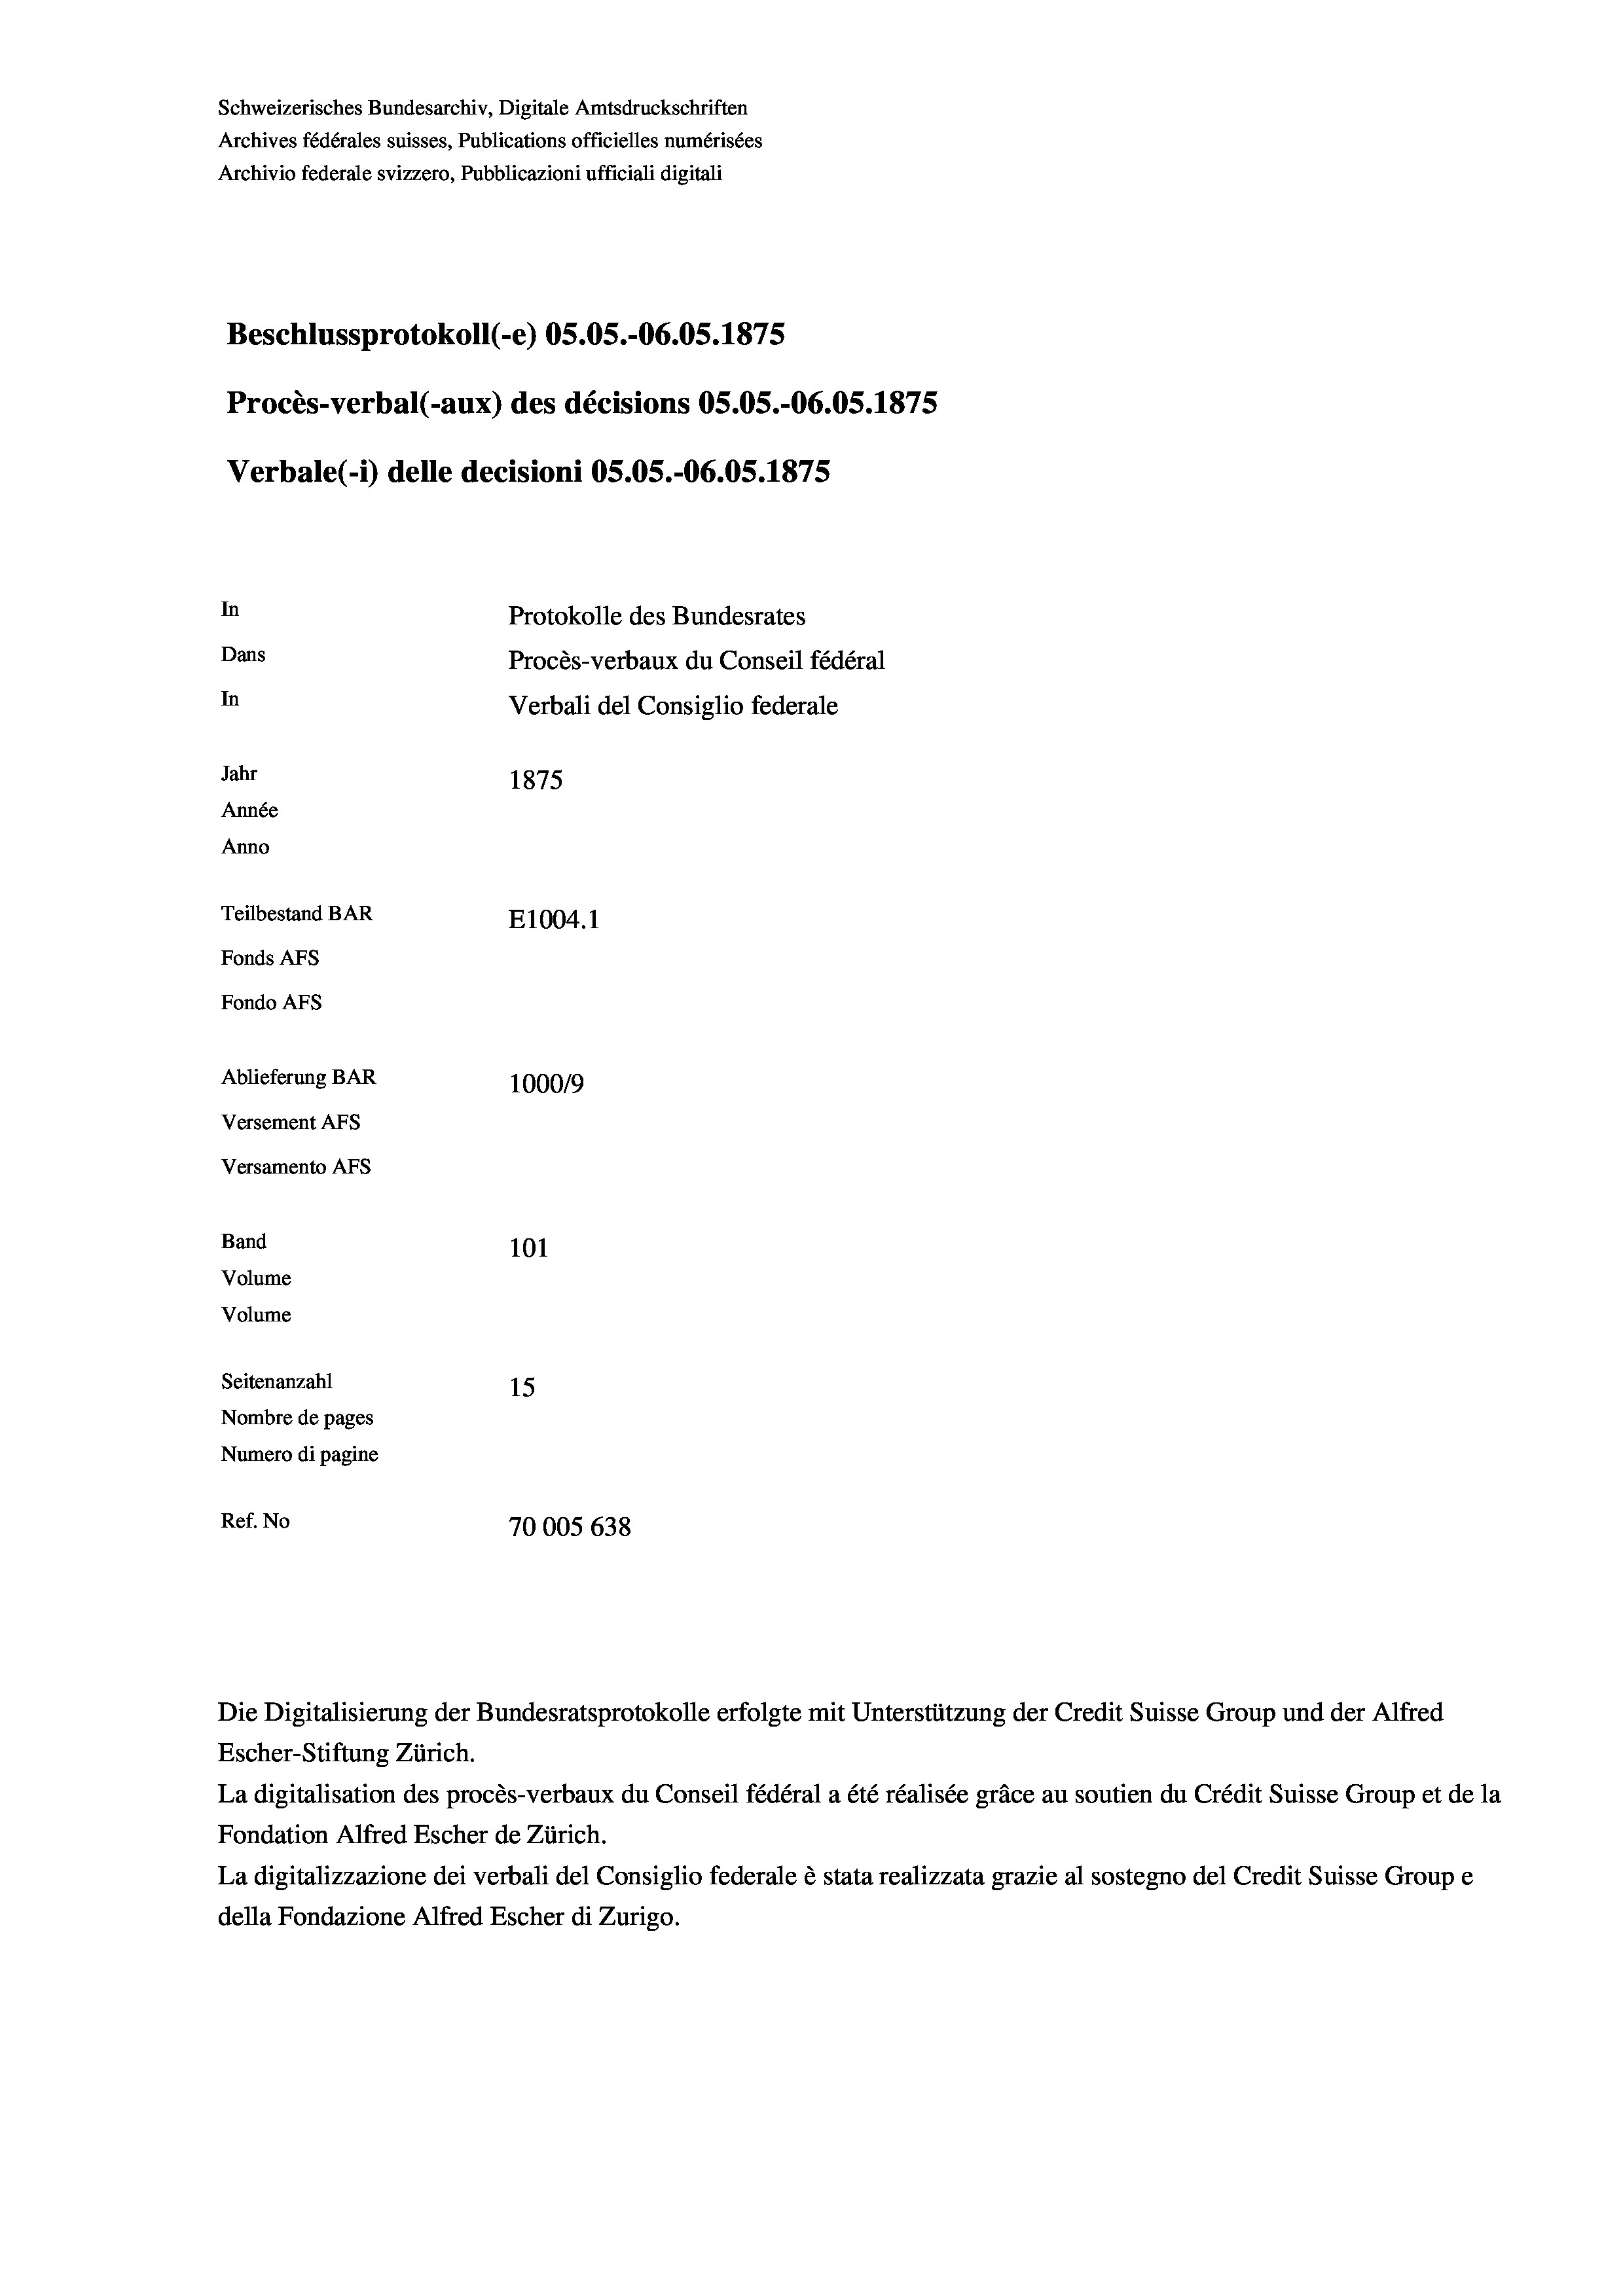
Schweizerisches Bundesarchiv, Digitale Amtsdruckschriften
Archives fédérales suisses, Publications officielles numérisées
Archivio federale svizzero, Pubblicazioni ufficiali digitali
Beschlussprotokoll (-e) 05.05.-06.05. 1875
Procès-verbal (-aux) des décisions OS.OS.-O6.05. 1875
Verbale(-*) delle decisioni OS.OS.-O6.OS. 1875
In
Protokolle des Bundesrates
Dans
Procès-verbaux du Conseil fédéral
In
Verbali del Consiglio federale
Jahr
1875
Année
Anno
Teilbestand BAR
E1004.1
Fonds AFs
Fondo Afs
Ablieferung BAR
100019
Versement AFs
Versamento AFs
Band
101
Volume
Volume

Ref. No

Seitenanzahl
15
Nombre de pages
Numero di pagine
70005 638

Die Digitalisierung der Bundesratsprotokolle erfolgte mit Unterstützung der Credit Suisse Group und der Alfred
Escher-Stiftung Zürich.
La digitalisation des procès-verbaux du Conseil fédéral a été réalisée gräce au soutien du Crédit Suisse Group et de la
Fondation Alfred Escher de Zürich.
La digitalizzazione dei verbali del Consiglio federale è stata realizzata grazie al sostegno del Credit Suisse Groupe
della Fondazione Alfred Escher di Zurigo.